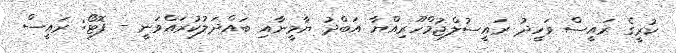
ކުރީގެ ރައީސް ވަހީދު ރައީސުލްޖުމްހޫރިއްޔާ އަބްދު ޔާމީނާއި ބައްދަލުކުރައްވަނީ - ފޮޓޯ: ރައީސް